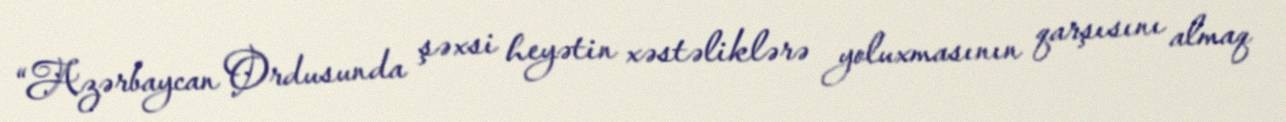
“Azərbaycan Ordusunda şəxsi heyətin xəstəliklərə yoluxmasının qarşısını almaq